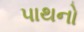
પાથનો